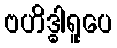
ဗဟိဒ္ဓါရူပေ